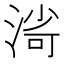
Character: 𣸌